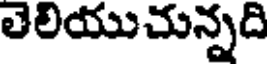
లెలియుచున్నది